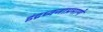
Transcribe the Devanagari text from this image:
इंद्रध्वजाप्रमाणे